Civil Veterinary Dept. Bombay admin report 1907-1913 - 1907-1913
Year: 1907
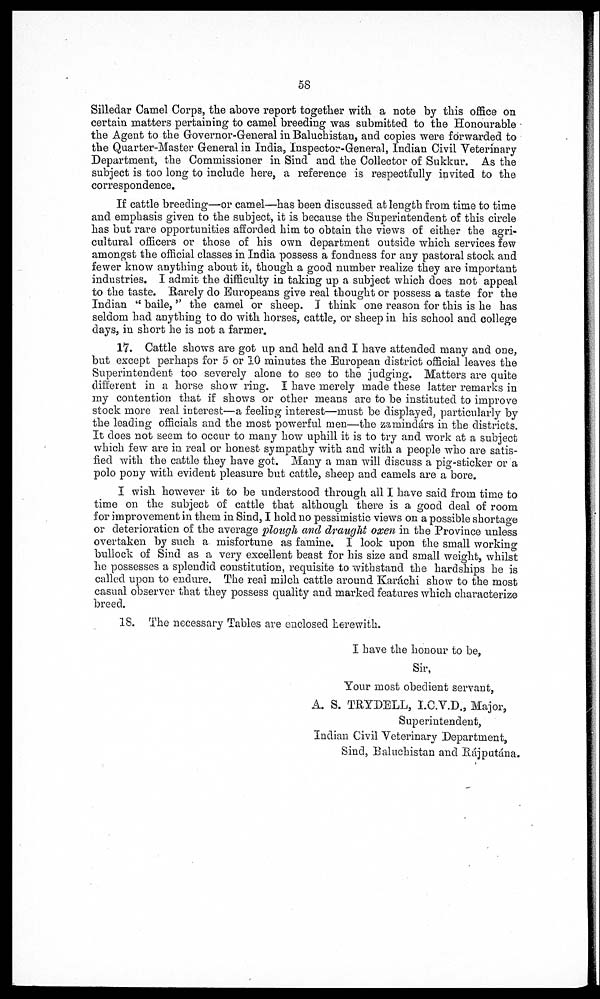
5S
Silledar Camel Corps, the above report together with a note by this office on
certain matters pertaining to camel breeding was submitted to the Honourable
the Agent to the Governor-General in Baluchistan, and copies were forwarded to
the Quarter-Master General in India, Inspector-General, Indian Civil Veterinary
Department, the Commissioner in Sind and the Collector of Sukkur. As the
subject is too long to include here, a reference is respectfully invited to the
correspondence.
If cattle breeding—or camel—has been discussed at length from time to time
and emphasis given to the subject, it is because the Superintendent of this circle
has but rare opportunities afforded him to obtain the views of either the agri-
cultural officers or those of his own department outside which services few
amongst the official classes in India possess a fondness for any pastoral stock and
fewer know anything about it, though a good number realize they are important
industries. I admit the difficulty in taking up a subject which does not appeal
to the taste. Barely do Europeans give real thought or possess a taste for the
Indian " baile," the camel or sheep. I think one reason for this is he has
seldom had anything to do with horses, cattle, or sheep in his school and college
days, in short he is not a farmer.
17. Cattle shows are got up and held and I have attended many and one,
but except perhaps for 5 or 10 minutes the European district official leaves the
Superintendent too severely alone to see to the judging. Matters are quite
different in a horse show ring. 1 have merely made these latter remarks in
my contention that if shows or other means are to be instituted to improve
stock more real interest—a feeling interest—must be displayed, particularly by
the leading officials and the most powerful men—the zamindárs in the districts.
It does not seem to occur to many how uphill it is to try and work at a subject
which few are in real or honest sympathy with and with a people who are satis-
fied with the cattle they have got. Many a man will discuss a pig-sticker or a
polo pony with evident pleasure but cattle, sheep and camels are a bore.
I wish however it to be understood through all I have said from time to
time on the subject of cattle that although there is a good deal of room
for improvement in them in Sind, I hold no pessimistic views on a possible shortage
or deterioration of the average plough and draught oxen in the Province unless
overtaken by such a misfortune as famine. I look upon the small working
bullock of Sind as a very excellent beast for his size and small weight, whilst
he possesses a splendid constitution, requisite to withstand the hardships he is
called upon to endure. The real milch cattle around Karachi show to the most
casual observer that they possess quality and marked features which characterize
breed.
18. The necessary Tables are enclosed herewith.
I have the honour to be,
Sir,
Your most obedient servant,
A. S. TRYDELL, I.C.V.D., Major,
Superintendent,
Indian Civil Veterinary Department,
Sind, Baluchistan and Rájputána.